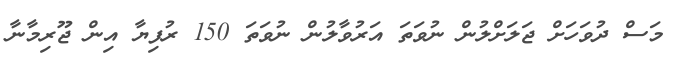
މަސް ދުވަހަށް ޖަލަށްލުން ނުވަތަ އަރުވާލުން ނުވަތަ 150 ރުފިޔާ އިން ޖޫރިމާނާ